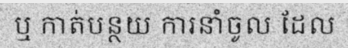
ឬ កាត់បន្ថយ ការនាំចូល ដែល